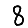
Digit: 8